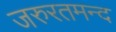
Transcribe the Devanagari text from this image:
जरुरतमन्द